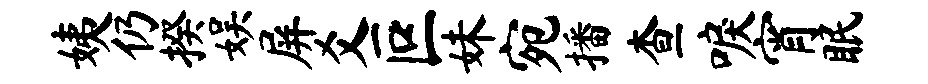
姨仍揆娱屏爻叵妹宛播查唳宵眠